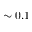
\sim 0 . 1